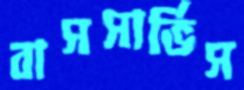
বাসসার্ভিস